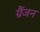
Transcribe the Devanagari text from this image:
ग्रैंजन